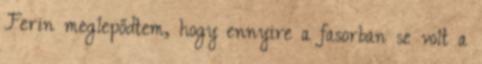
Ferin meglepődtem, hogy ennyire a fasorban se volt a